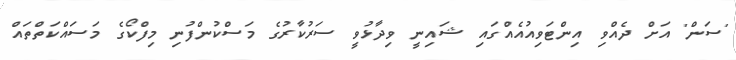
'ސަން' އަށް ދެއްވި އިންޓަވިއުއެއްގައި ޝައިނީ ވިދާޅުވީ ސަރުކާރުގެ މަސްކުންފުނި މިފްކޯގެ މަސައްކަތްތައް